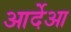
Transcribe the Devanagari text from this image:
आर्देआ